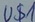
Text: U$1